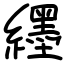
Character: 纆